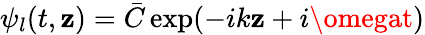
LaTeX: \psi_{l}(t,\mathbf{z})=\bar{{C}}\exp(-ik\mathbf{z}+i\omegat)